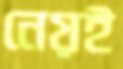
নেয়ই